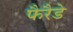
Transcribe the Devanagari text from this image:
फैरैडे